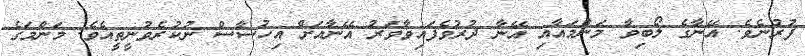
ފުރުނެވެ. އޭނާގެ ލޯބިވާ މަންމައާއި އޭނާ ދުރުވެފައިވާވަރު އޭނާއަށް އިހުސާސް ނުކުރެވުނީތީއެވެ. މަންމަގެ